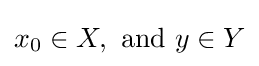
x_{0}\in X,{\text{ and }}y\in Y